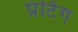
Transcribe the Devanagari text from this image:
प्रंटिंग